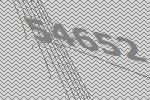
54652